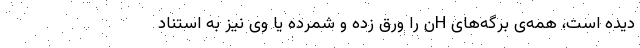
دیده است، همه‌ی برگه‌های Hن را ورق زده و شمرده یا وی نیز به استناد